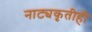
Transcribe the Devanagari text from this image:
नाट्यकृतीही